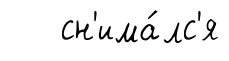
сн'има́лс'я